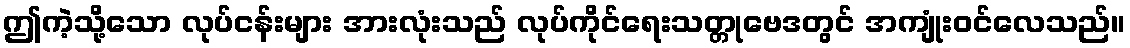
ဤကဲ့သို့သော လုပ်ငန်းများ အားလုံးသည် လုပ်ကိုင်ရေးသတ္တုဗေဒတွင် အကျုံးဝင်လေသည်။